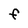
Character: F